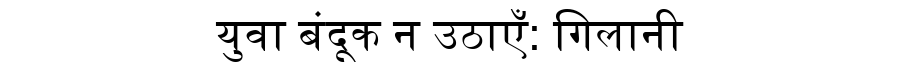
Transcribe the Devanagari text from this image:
युवा बंदूक न उठाएँ: गिलानी